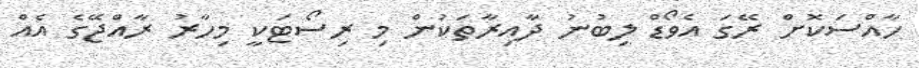
ހާއްސަކޮށް ރޭގަ އެވޯޑް ލިބުނު ދާއިރާތަކުން މި ރިސޯޓަކީ މިހާރު ރާއްޖޭގެ އެއް